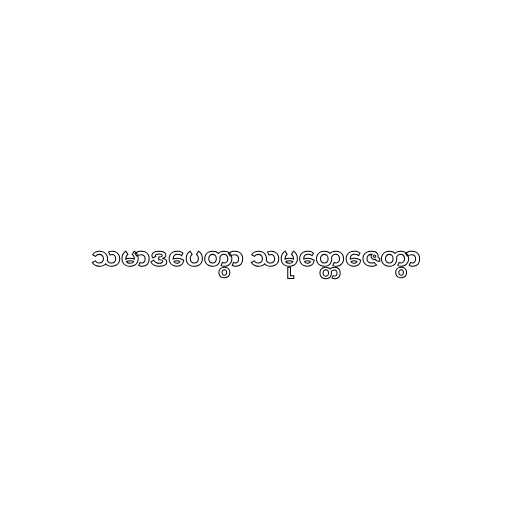
သမာဒပေတွာ သမုတ္တေဇေတွာ